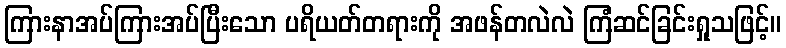
ကြားနာအပ်ကြားအပ်ပြီးသော ပရိယတ်တရားကို အဖန်တလဲလဲ ကြံဆင်ခြင်းရှုသဖြင့်။